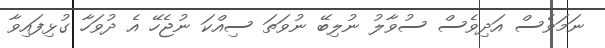
ނަމަވެސް އަދިވެސް ސުވާލު ނުލިބޭ ނުވަތަ ސިއްކަ ނުޖެހޭ އެ ދުވަހާ ގުޅިފައިވާ